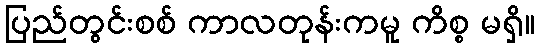
ပြည်တွင်းစစ် ကာလတုန်းကမူ ကိစ္စ မရှိ။